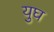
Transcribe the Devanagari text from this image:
युघ